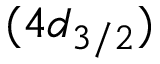
( 4 d _ { 3 / 2 } )